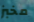
مخبز